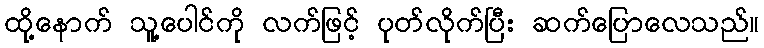
ထို့နောက် သူ့ပေါင်ကို လက်ဖြင့် ပုတ်လိုက်ပြီး ဆက်ပြောလေသည်။